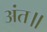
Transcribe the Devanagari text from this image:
अंत॥